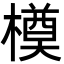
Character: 橂